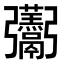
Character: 𮫛